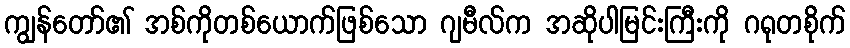
ကျွန်တော်၏ အစ်ကိုတစ်ယောက်ဖြစ်သော ဂျမီလ်က အဆိုပါမြင်းကြီးကို ဂရုတစိုက်